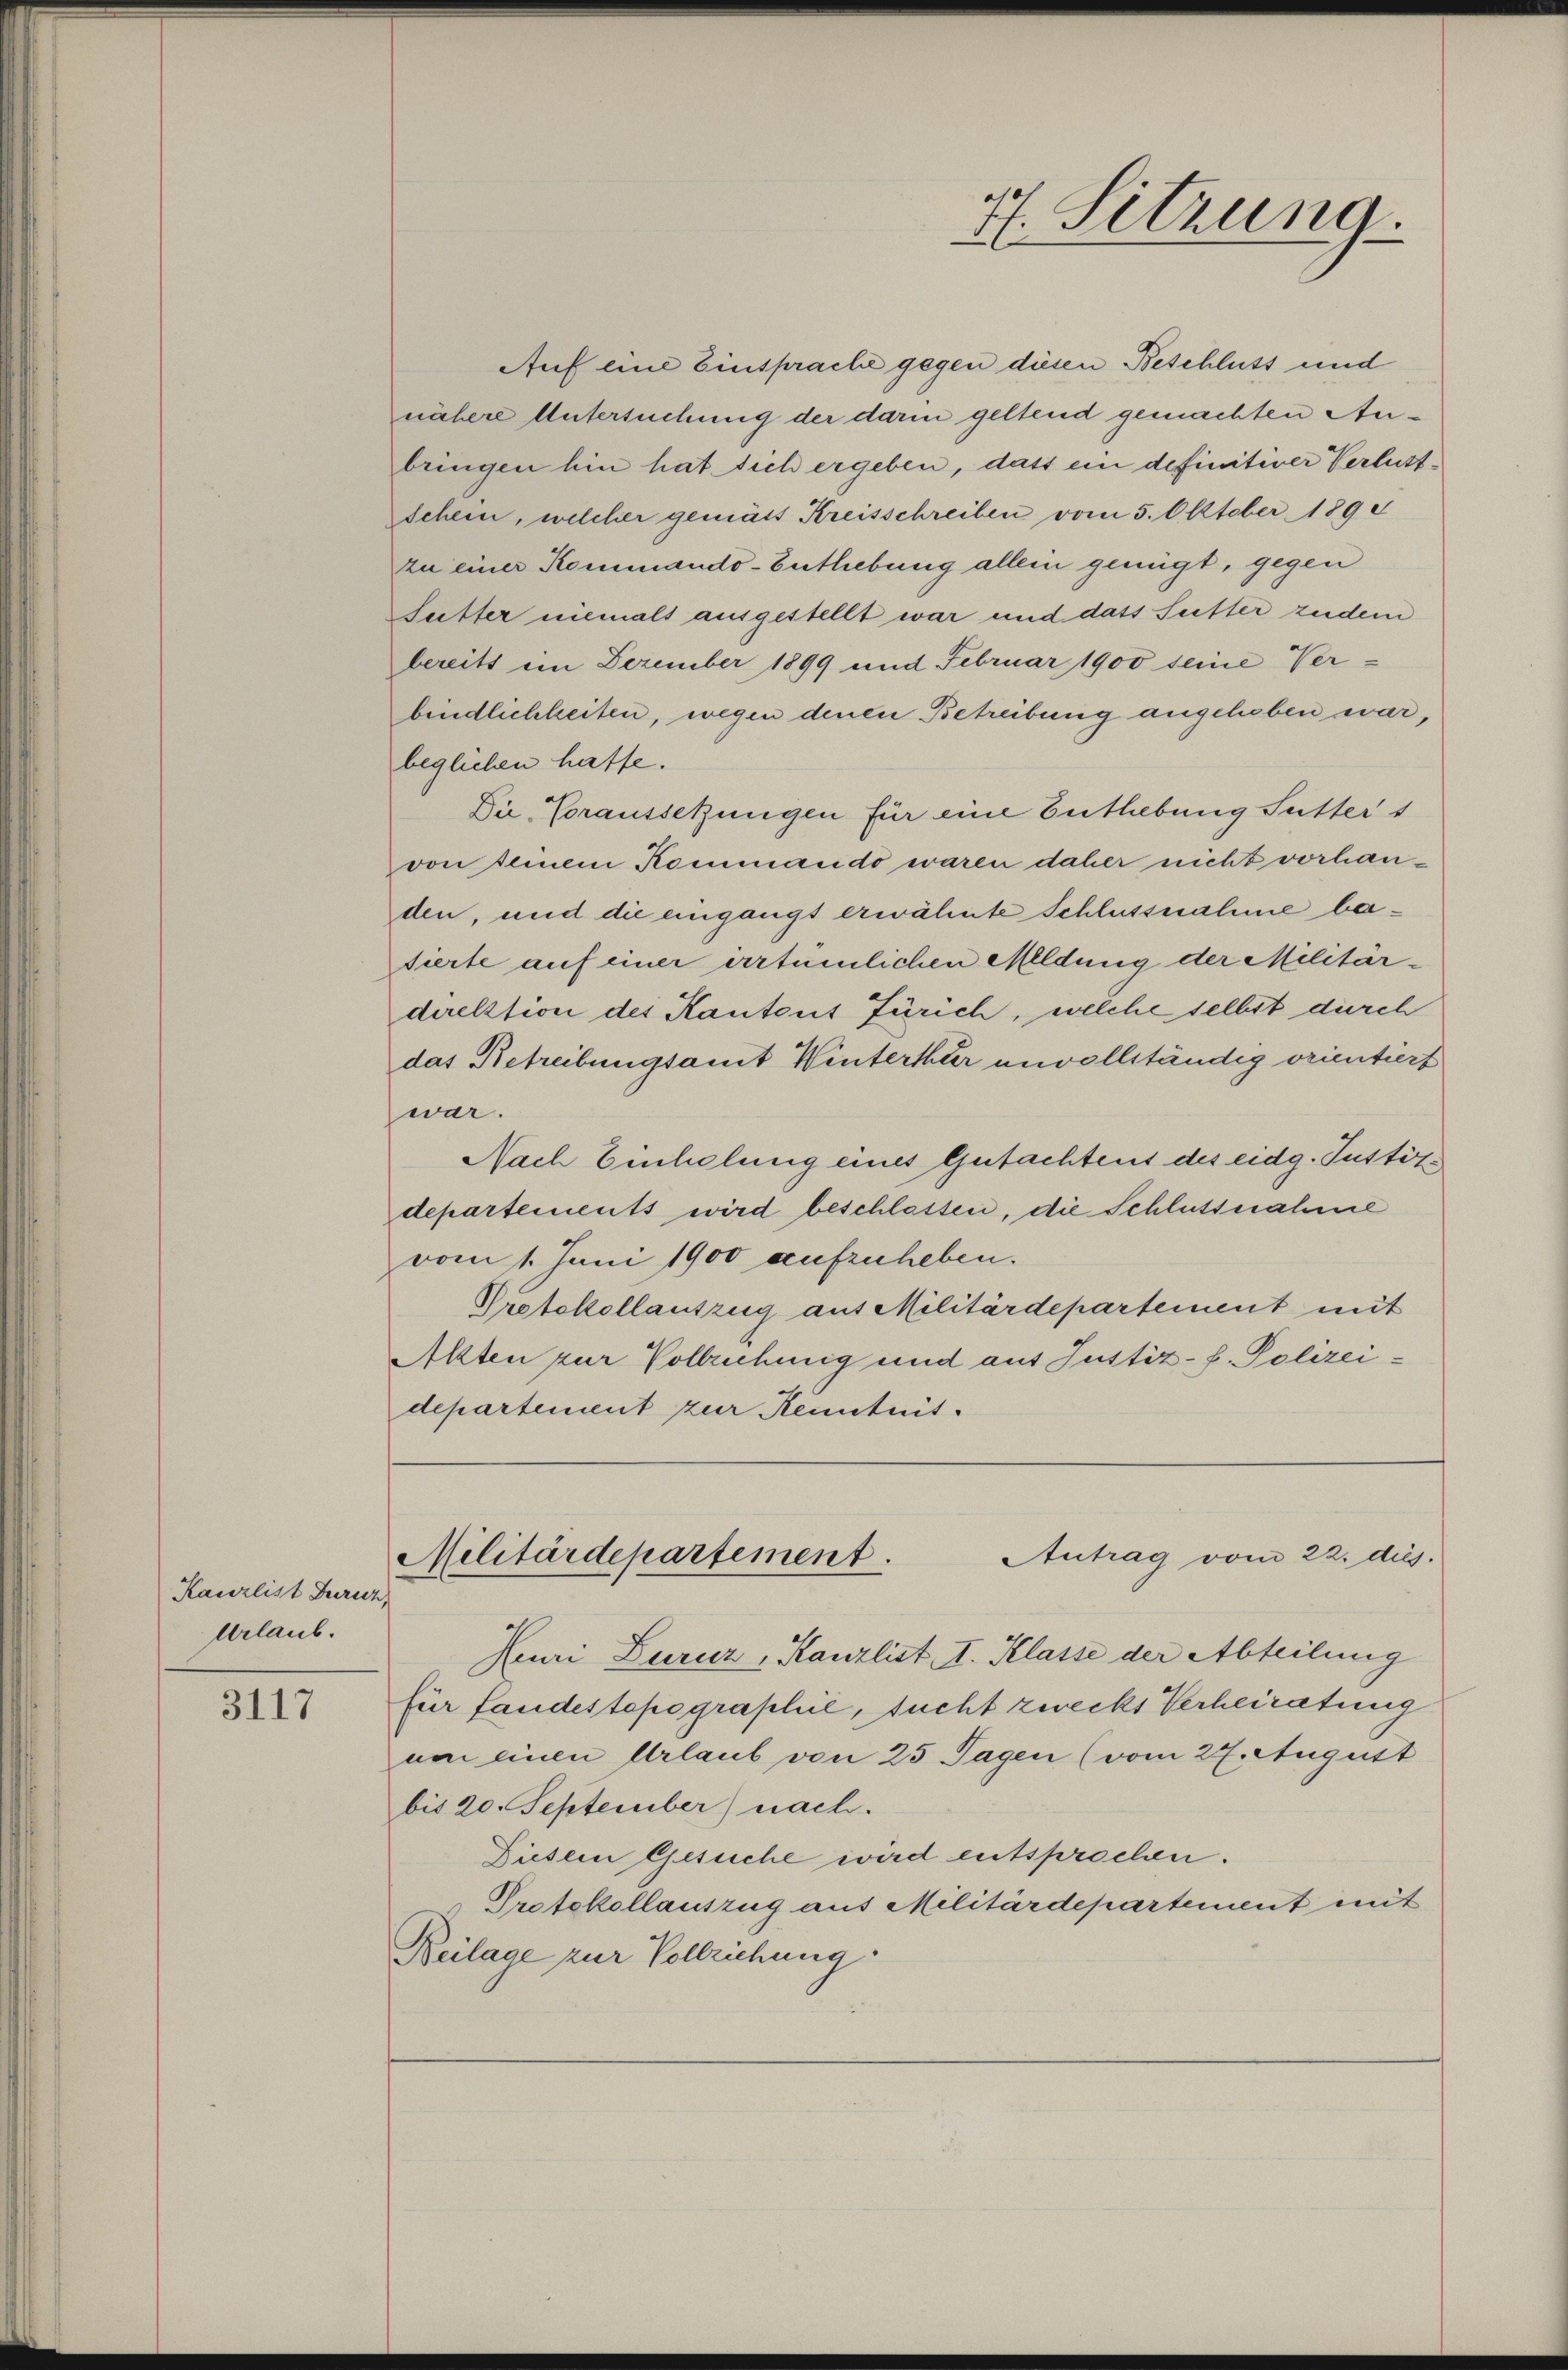
Kanzlist Turich,
Urlaub.

3117

Auf eine Einsprache gegen diesen Beschluss und
nähere Untersuchung der darin geltend gemachten Anbringen hin hat sich ergeben, dass ein definitiver Verlust¬
Schein, welcher gemäss Kreisschreiben vom 5. Oktober 189
zu einer Kommando-Entlebung allein genügt, gegen
Sutter niemals ausgestellt war und dass Sutter zudem
bereits im Dezember 1899 und Februar 1900 seine Verbindlichheiten, wegen denen Betreibung angehoben war,
beglichen hatte.
Die Voraussetzungen für eine Enthebung Sutter 1
von seinem Kommando waren daher nicht vorhanden, und die eingangs erwähnte Schlussnahme batierte auf einer irrtümlichen Meldung der Militär-
direktion des Kantons Zürich, welche selbst durch
das Betreibungsamt Winterthur unvollständig orientiert
war.
Nach Einhelung eines Gutachtens des eidg. Justizdepartements wird beschlassen, die Schlussnahme
vom 1. Juni 1900 aufzuheben.
Protokollantzug aus Militärdepartement mit
Alten zur Vollziehnig und aus Justiz-P. Polizeidepartement zur Kenntnis.

Zeuri Zuruz, Kanzlist. I. Klasse der Abteilung
für fandestopographie, sucht zwecks Verheiratung
um einen Urlaub von 25 Tagen (vom 27. August
bis 20. September) nach.
Diesem Gesuche wird entsprochen.
Protokollauszug aus Militärdepartement mit
Beilage zur Vollziehung

H. Sitzung.

Antrag vom 22. dies
Militärdepartement.